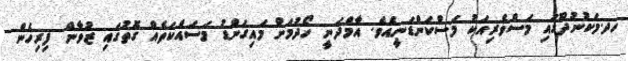
ހދ.މަކުނުދޫގައި މަސްވެރިއަކު މަސްކަންޑަނީއެވެ. އާމްދަނީ ހޯދުމަށް މައިގަންޑު މަސައްކަތެއް ގޮތުގައި ޒުވާން ފިރިހެން